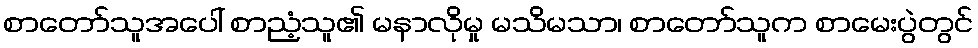
စာတော်သူအပေါ် စာညံ့သူ၏ မနာလိုမှု မသိမသာ၊ စာတော်သူက စာမေးပွဲတွင်